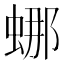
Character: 𬠌